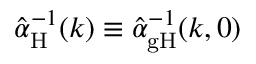
\hat { \alpha } _ { \mathrm H } ^ { - 1 } ( k ) \equiv \hat { \alpha } _ { \mathrm { g H } } ^ { - 1 } ( k , 0 )